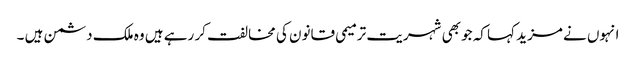
انہوں نے مزید کہا کہ جو بھی شہریت ترمیمی قانون کی مخالفت کر رہے ہیں وہ ملک دشمن ہیں ۔